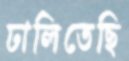
ঢালিতেছি